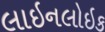
લાઇનલોઇક